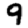
Digit: 9